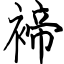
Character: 褅